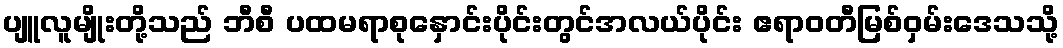
ပျူလူမျိုးတို့သည် ဘီစီ ပထမရာစုနှောင်းပိုင်းတွင်အလယ်ပိုင်း ဧရာဝတီမြစ်ဝှမ်းဒေသသို့